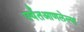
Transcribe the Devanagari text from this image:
पर्यंतआणलेल्या